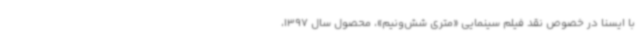
با ایسنا در خصوص نقد فیلم‌ سینمایی «متری شش‌ونیم»، محصول سال 1397،